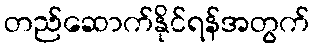
တည်ဆောက်နိုင်ရန်အတွက်